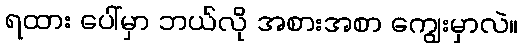
ရထား ပေါ်မှာ ဘယ်လို အစားအစာ ကျွေးမှာလဲ။